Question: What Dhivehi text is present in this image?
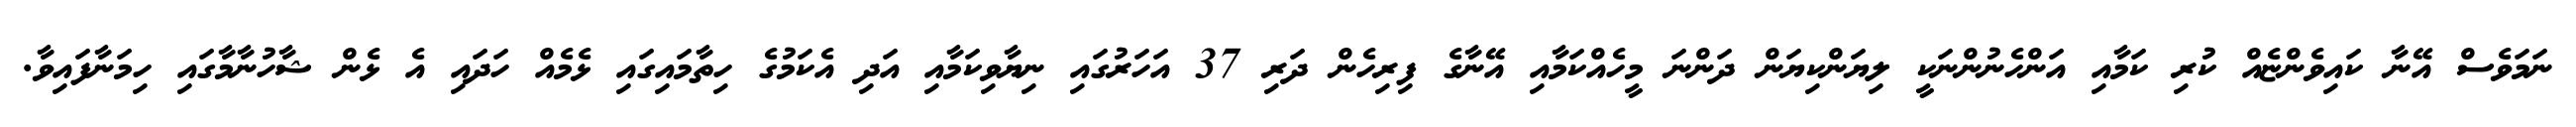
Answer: ނަމަވެސް އޭނާ ކައިވެންޏެއް ކުރި ކަމާއި އަންހެނުންނަކީ ލިޔަންކިޔަން ދަންނަ މީހެއްކަމާއި އޭނާގެ ފިރިހެން ދަރި 37 އަހަރުގައި ނިޔާވިކަމާއި އަދި އެކަމުގެ ހިތާމައިގައި ޅެމެއް ހަދައި އެ ޅެން ޝާހުނާމާގައި ހިމަނާފައިވާ.